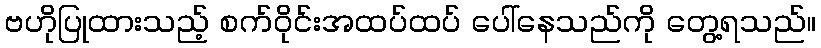
ဗဟိုပြုထားသည့် စက်ဝိုင်းအထပ်ထပ် ပေါ်နေသည်ကို တွေ့ရသည်။